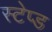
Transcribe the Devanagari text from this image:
स्टेप्ड